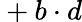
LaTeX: {}+b\cdot d